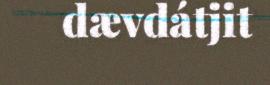
dævdátjit